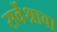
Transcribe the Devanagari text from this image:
सर्वेश्रावा